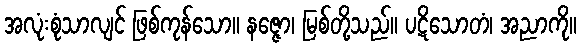
အလုံးစုံသာလျင် ဖြစ်ကုန်သော။ နဇ္ဇော၊ မြစ်တို့သည်။ ပဋိသောတံ၊ အညာကို။